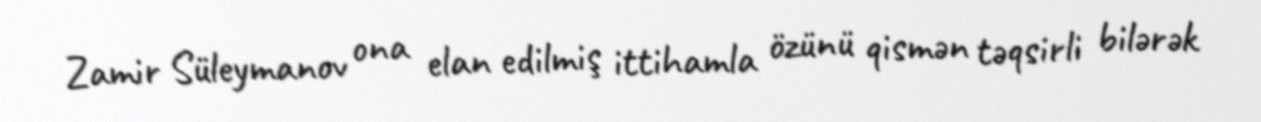
Zamir Süleymanov ona elan edilmiş ittihamla özünü qismən təqsirli bilərək